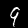
Label: 9